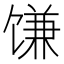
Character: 𫗱